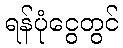
ရန်ပုံငွေတွင်